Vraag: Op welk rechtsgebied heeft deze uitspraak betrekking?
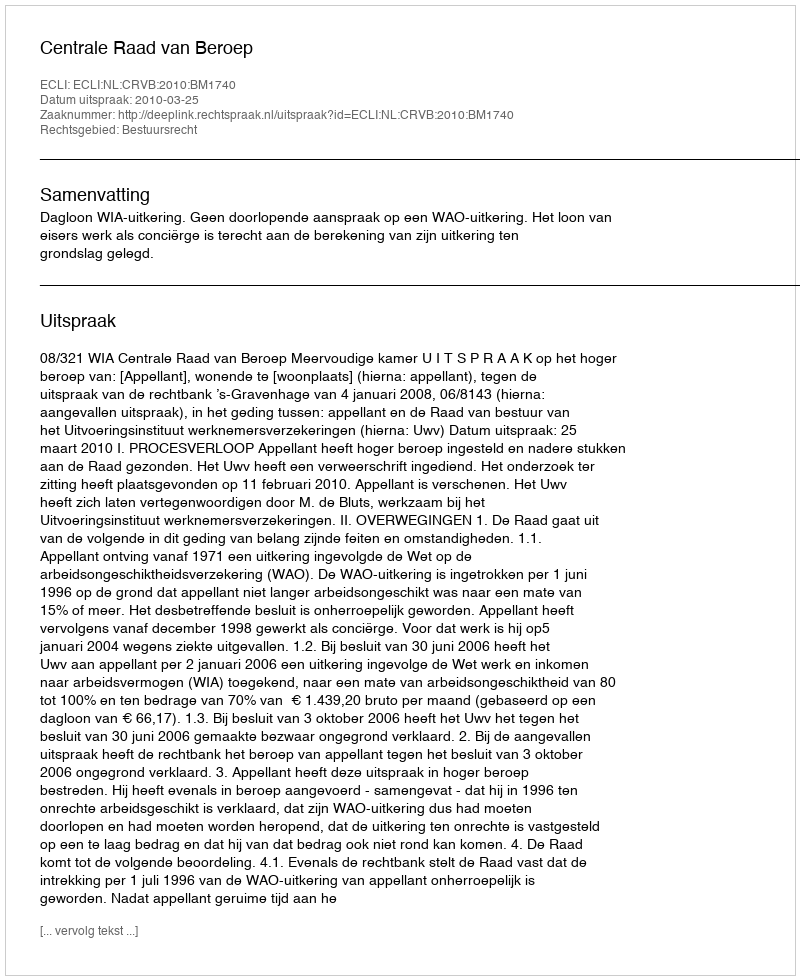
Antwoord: Bestuursrecht